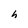
Character: h